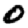
Digit: 0